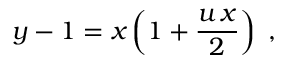
y - 1 = x \left( 1 + \frac { u \, x } { 2 } \right) ~ ,